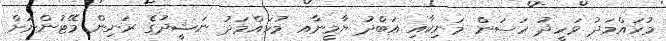
މުހައްމަދު ވަހީދު ހަސަން މަނިކާއި އަބްދު ޔާމީނާއ މުހައްމަދު ނަޝީދުގެ ރަނިން މޭޓުންނަށް